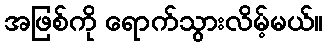
အဖြစ်ကို ရောက်သွားလိမ့်မယ်။